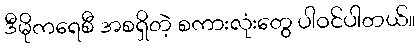
ဒီမိုကရေစီ အစရှိတဲ့ စကားလုံးတွေ ပါဝင်ပါတယ်။